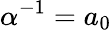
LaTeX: \alpha^{-1}=a_{0}